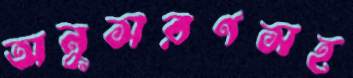
অনুসরণসহ